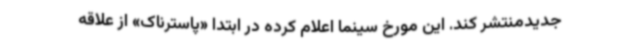
جدیدمنتشر کند. این مورخ سینما اعلام کرده در ابتدا «پاسترناک» از علاقه